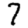
Digit: 7